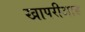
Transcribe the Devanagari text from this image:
खापरीआड